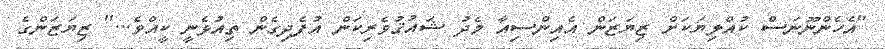
''އެހެންނޫނަސް ކުއްލިޔަކަށް ޒިޔަޒަން އެއިންސިއާ މެދު ޝައުޤުވެރިކަން އުފެދިގެން ތިއުޅެނީ ކީއްވެ...'' ޒިޔަޒަންގެ